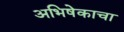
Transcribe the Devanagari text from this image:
अभिषेकाचा